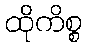
ထိုကိစ္စ